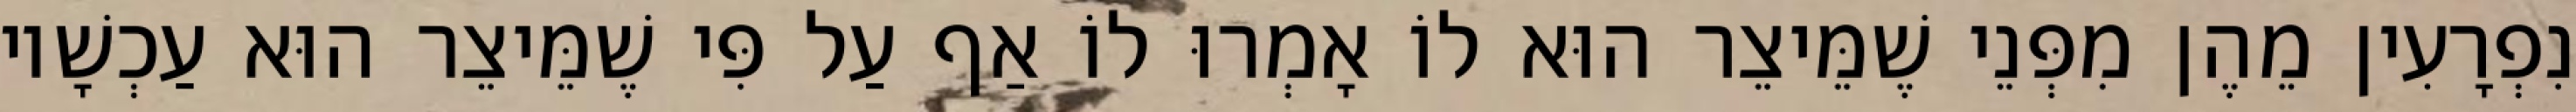
נִפְרָעִין מֵהֶן מִפְּנֵי שֶׁמֵּיצֵר הוּא לוֹ אָמְרוּ לוֹ אַף עַל פִּי שֶׁמֵּיצֵר הוּא עַכְשָׁיו